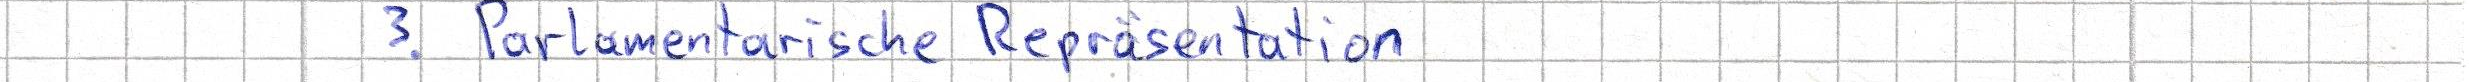
3. Parlamentarische Repräsentation